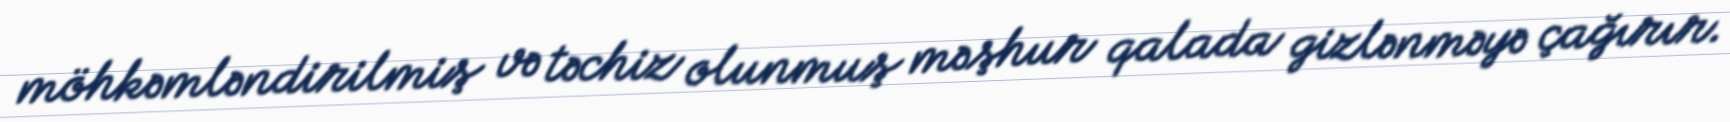
möhkəmləndirilmiş və təchiz olunmuş məşhur qalada gizlənməyə çağırır.